画像に写った文字を読んでください
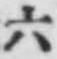
「六」と書いてあります